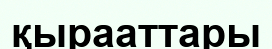
қырааттары